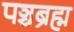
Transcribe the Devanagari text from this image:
पञ्चब्रह्म